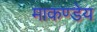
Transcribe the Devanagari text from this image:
माकण्डेय